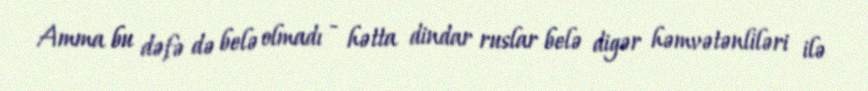
Amma bu dəfə də belə olmadı - hətta dindar ruslar belə digər həmvətənliləri ilə